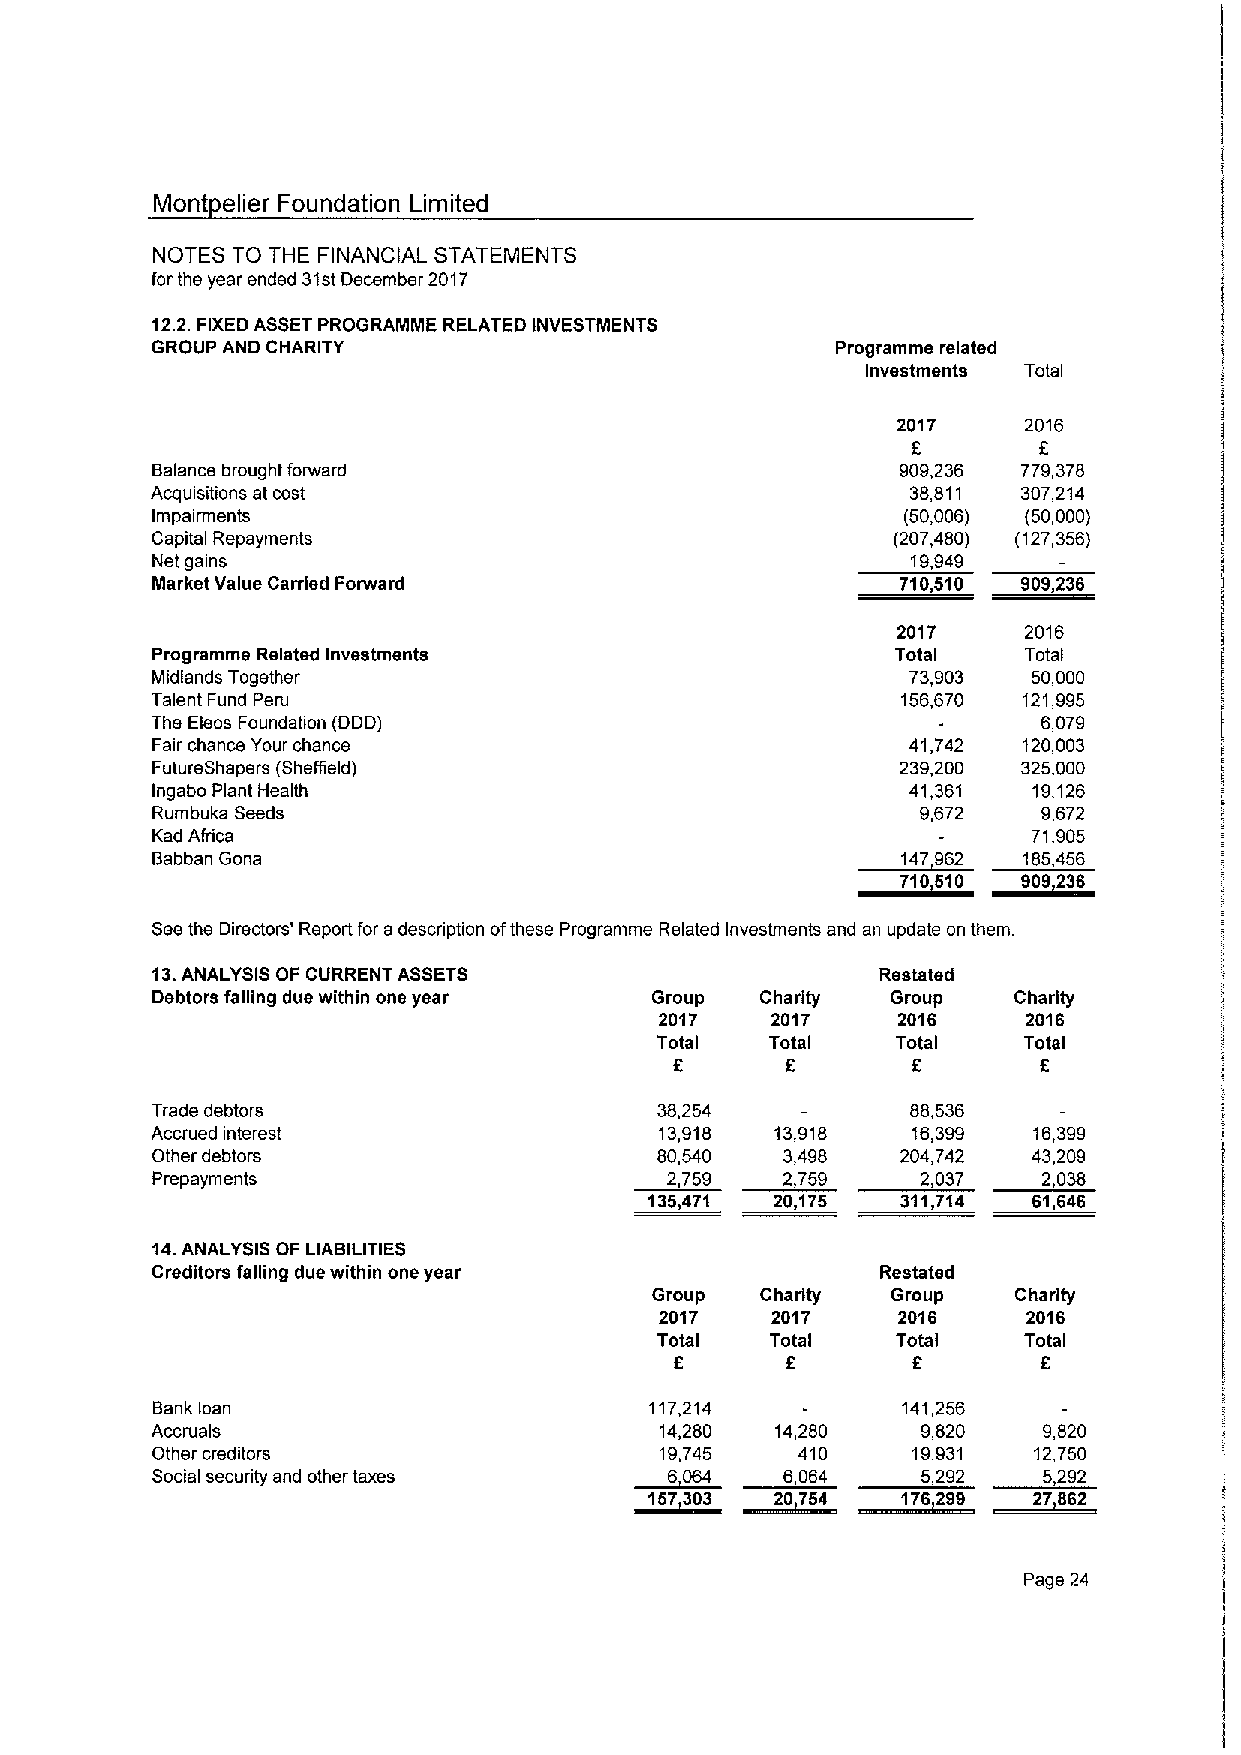
Mont elier Foundation Limited
 NOTES TO THE FINANCIAL STATEMENTS
 for the year ended 31stDecember 2017
 12.2.FIXEDASSETPROGRAMME RELATED INVESTMENTS
 GROUP AND CHARITY                            Programme related
 Investments Total
 2017     2016
 f        f
 Balance brought forward                           909,236 779,378
 Acquisitions at cost                              38,811  307,214
 Impairments                                       (50,006) (50,000)
 Capital Repayments                               (207,480) (127,356)
 Nst gains                                         19,949
 Market Value Carried Forward                     11051D   909.236
 2017     2016
 Programme Related Investments                    Total    Total
 Midlands Together                                 73,903  50,000
 Talent Fund Peru                                  156,670 121,995
 The Eicos Foundation (DDD)                                 6,079
 Fair chance Your chance                           41,742  120,003
 FutureShapers (Sheflield)                         239,200 325,000
 Ingabo Plant Health                               41,361  19,126
 Rumbuka Seeds                                      9,672   9,672
 Kad Africa                                                71,905
 Babban Gona                                         9     5  6
 1D610   909236
 Seethe Directors' Report for adsscnption ofthese Programme Related Investments and an update on them.
 13.ANALYSIS OF CURRENT ASSETS                   Restated
 Debtors falling due within one year Group Charity Group  Charity
 2017   2017    2016     2016
 Total   Total   Total    Total
 f              f        f
 f.
 Trade debtors                    38,254           88,536
 Accrued interest                  13,918 13,918   16,399  16,399
 Other debtors                    80,540   3,498   204,742 43,209
 Prspayments                       2,759   2,759    2,037   2,038
 136,471 20,175   311,714 61,646
 14.ANALYSIS OF LIABILITIES
 Creditors falling due within one year           Restated
 Group  Charity  Group   Charity
 2017   2017    2016     2016
 Total   Total   Total    Total
 f      f       f
 f.
 Bankloan                         117,214          141,256
 Accruals                          14,280 14,280    9,820   9,820
 Other creditors                   19,745   410    19,931  12,750
 Social security and other taxes    066    606      5 9     5,292
 ~167303 ~20 754   1 6299
 Page 24